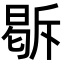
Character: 𭦹